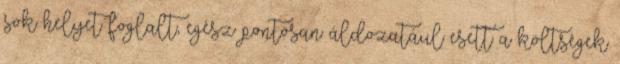
sok helyet foglalt, egész pontosan áldozatául esett a költségek